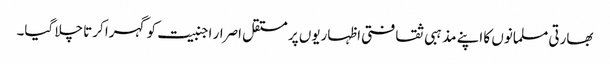
بھارتی مسلمانوں کا اپنے مذہبی ثقافتی اظہاریوں پر مستقل اصرار اجنبیت کو گہرا کرتا چلا گیا۔